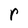
Character: r